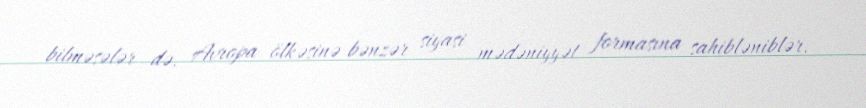
bilməsələr də, Avropa ölkəsinə bənzər siyasi mədəniyyət formasına sahibləniblər.